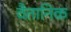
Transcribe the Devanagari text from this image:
वैतानिक